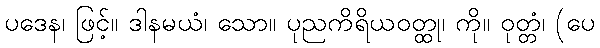
ပဒေန၊ ဖြင့်။ ဒါနမယံ၊ သော။ ပုညကိရိယဝတ္ထု၊ ကို။ ဝုတ္တံ၊ (ပေ